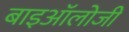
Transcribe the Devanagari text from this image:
बाइऑलोजी